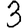
Digit: 3